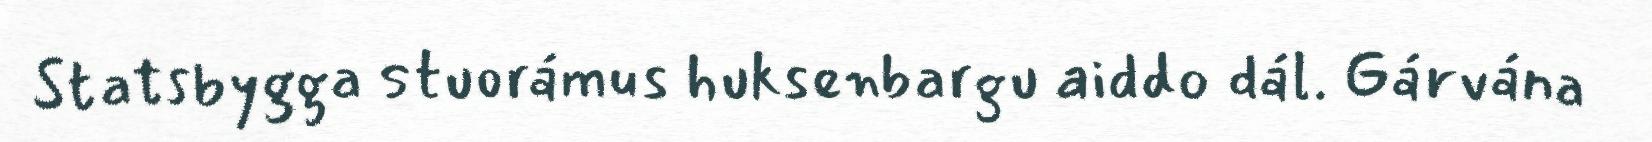
Statsbygga stuorámus huksenbargu aiddo dál. Gárvána